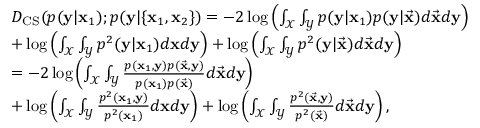
\begin{array} { r l } & { D _ { \mathrm { C S } } ( p ( \mathbf { y } | \mathbf { x } _ { 1 } ) ; p ( \mathbf { y } | \{ \mathbf { x } _ { 1 } , \mathbf { x } _ { 2 } \} ) = - 2 \log \left( \int _ { \mathcal { X } } \int _ { \mathcal { Y } } p ( \mathbf { y } | \mathbf { x } _ { 1 } ) p ( \mathbf { y } | \vec { \mathbf { x } } ) d \vec { \mathbf { x } } d \mathbf { y } \right) } \\ & { + \log \left( \int _ { \mathcal { X } } \int _ { \mathcal { Y } } p ^ { 2 } ( \mathbf { y } | \mathbf { x } _ { 1 } ) d \mathbf { x } d \mathbf { y } \right) + \log \left( \int _ { \mathcal { X } } \int _ { \mathcal { Y } } p ^ { 2 } ( \mathbf { y } | \vec { \mathbf { x } } ) d \vec { \mathbf { x } } d \mathbf { y } \right) } \\ & { = - 2 \log \left( \int _ { \mathcal { X } } \int _ { \mathcal { Y } } \frac { p ( \mathbf { x } _ { 1 } , \mathbf { y } ) p ( \vec { \mathbf { x } } , \mathbf { y } ) } { p ( \mathbf { x } _ { 1 } ) p ( \vec { \mathbf { x } } ) } d \vec { \mathbf { x } } d \mathbf { y } \right) } \\ & { + \log \left( \int _ { \mathcal { X } } \int _ { \mathcal { Y } } \frac { p ^ { 2 } ( \mathbf { x } _ { 1 } , \mathbf { y } ) } { p ^ { 2 } ( \mathbf { x } _ { 1 } ) } d \mathbf { x } d \mathbf { y } \right) + \log \left( \int _ { \mathcal { X } } \int _ { \mathcal { Y } } \frac { p ^ { 2 } ( \vec { \mathbf { x } } , \mathbf { y } ) } { p ^ { 2 } ( \vec { \mathbf { x } } ) } d \vec { \mathbf { x } } d \mathbf { y } \right) , } \end{array}